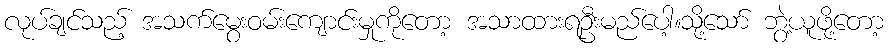
လုပ်ချင်သည့် အသက်မွေးဝမ်းကျောင်းမှုကိုတော့ အသာထားရဦးမည်ပေါ့။သို့သော် ဘွဲ့ယူဖို့တော့